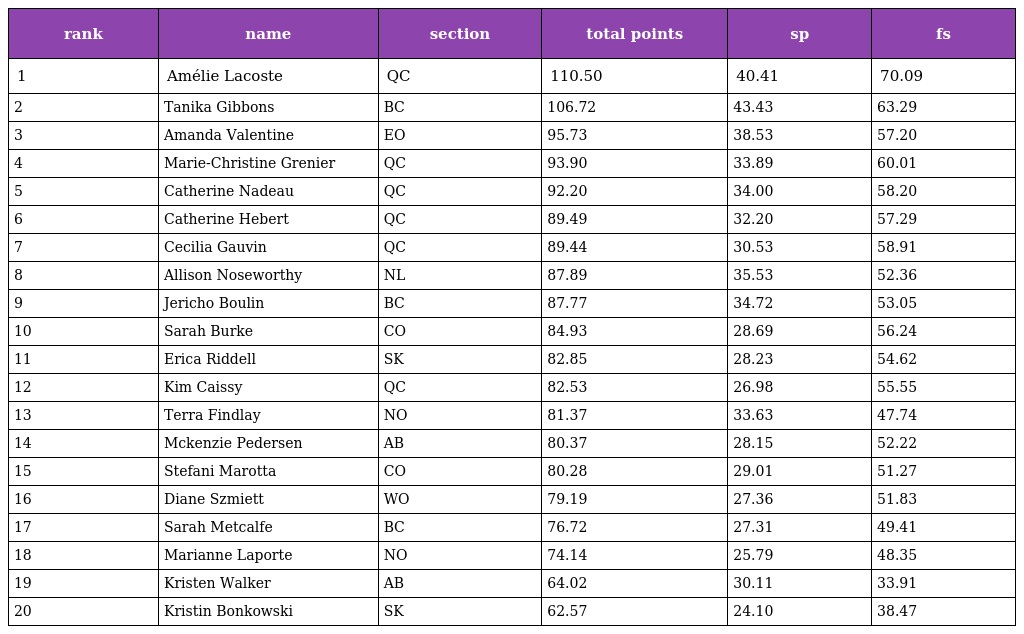
| rank | name | section | total points | sp | fs |
 | --- | --- | --- | --- | --- | --- |
 | 1 | Amélie Lacoste | QC | 110.50 | 40.41 | 70.09 |
 | 2 | Tanika Gibbons | BC | 106.72 | 43.43 | 63.29 |
 | 3 | Amanda Valentine | EO | 95.73 | 38.53 | 57.20 |
 | 4 | Marie-Christine Grenier | QC | 93.90 | 33.89 | 60.01 |
 | 5 | Catherine Nadeau | QC | 92.20 | 34.00 | 58.20 |
 | 6 | Catherine Hebert | QC | 89.49 | 32.20 | 57.29 |
 | 7 | Cecilia Gauvin | QC | 89.44 | 30.53 | 58.91 |
 | 8 | Allison Noseworthy | NL | 87.89 | 35.53 | 52.36 |
 | 9 | Jericho Boulin | BC | 87.77 | 34.72 | 53.05 |
 | 10 | Sarah Burke | CO | 84.93 | 28.69 | 56.24 |
 | 11 | Erica Riddell | SK | 82.85 | 28.23 | 54.62 |
 | 12 | Kim Caissy | QC | 82.53 | 26.98 | 55.55 |
 | 13 | Terra Findlay | NO | 81.37 | 33.63 | 47.74 |
 | 14 | Mckenzie Pedersen | AB | 80.37 | 28.15 | 52.22 |
 | 15 | Stefani Marotta | CO | 80.28 | 29.01 | 51.27 |
 | 16 | Diane Szmiett | WO | 79.19 | 27.36 | 51.83 |
 | 17 | Sarah Metcalfe | BC | 76.72 | 27.31 | 49.41 |
 | 18 | Marianne Laporte | NO | 74.14 | 25.79 | 48.35 |
 | 19 | Kristen Walker | AB | 64.02 | 30.11 | 33.91 |
 | 20 | Kristin Bonkowski | SK | 62.57 | 24.10 | 38.47 |